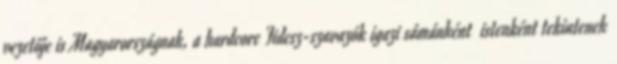
vezetője is Magyarországnak, a hardcore Fidesz-szavazók igazi sámánként istenként tekintenek